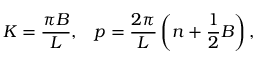
K = \frac { \pi B } { L } , \; \; \; p = \frac { 2 \pi } { L } \left( n + \frac 1 2 B \right) ,